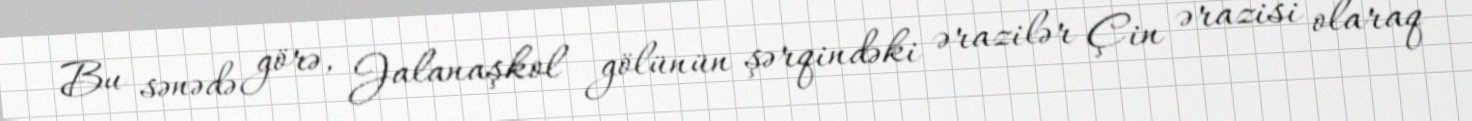
Bu sənədə görə, Jalanaşkol gölünün şərqindəki ərazilər Çin ərazisi olaraq